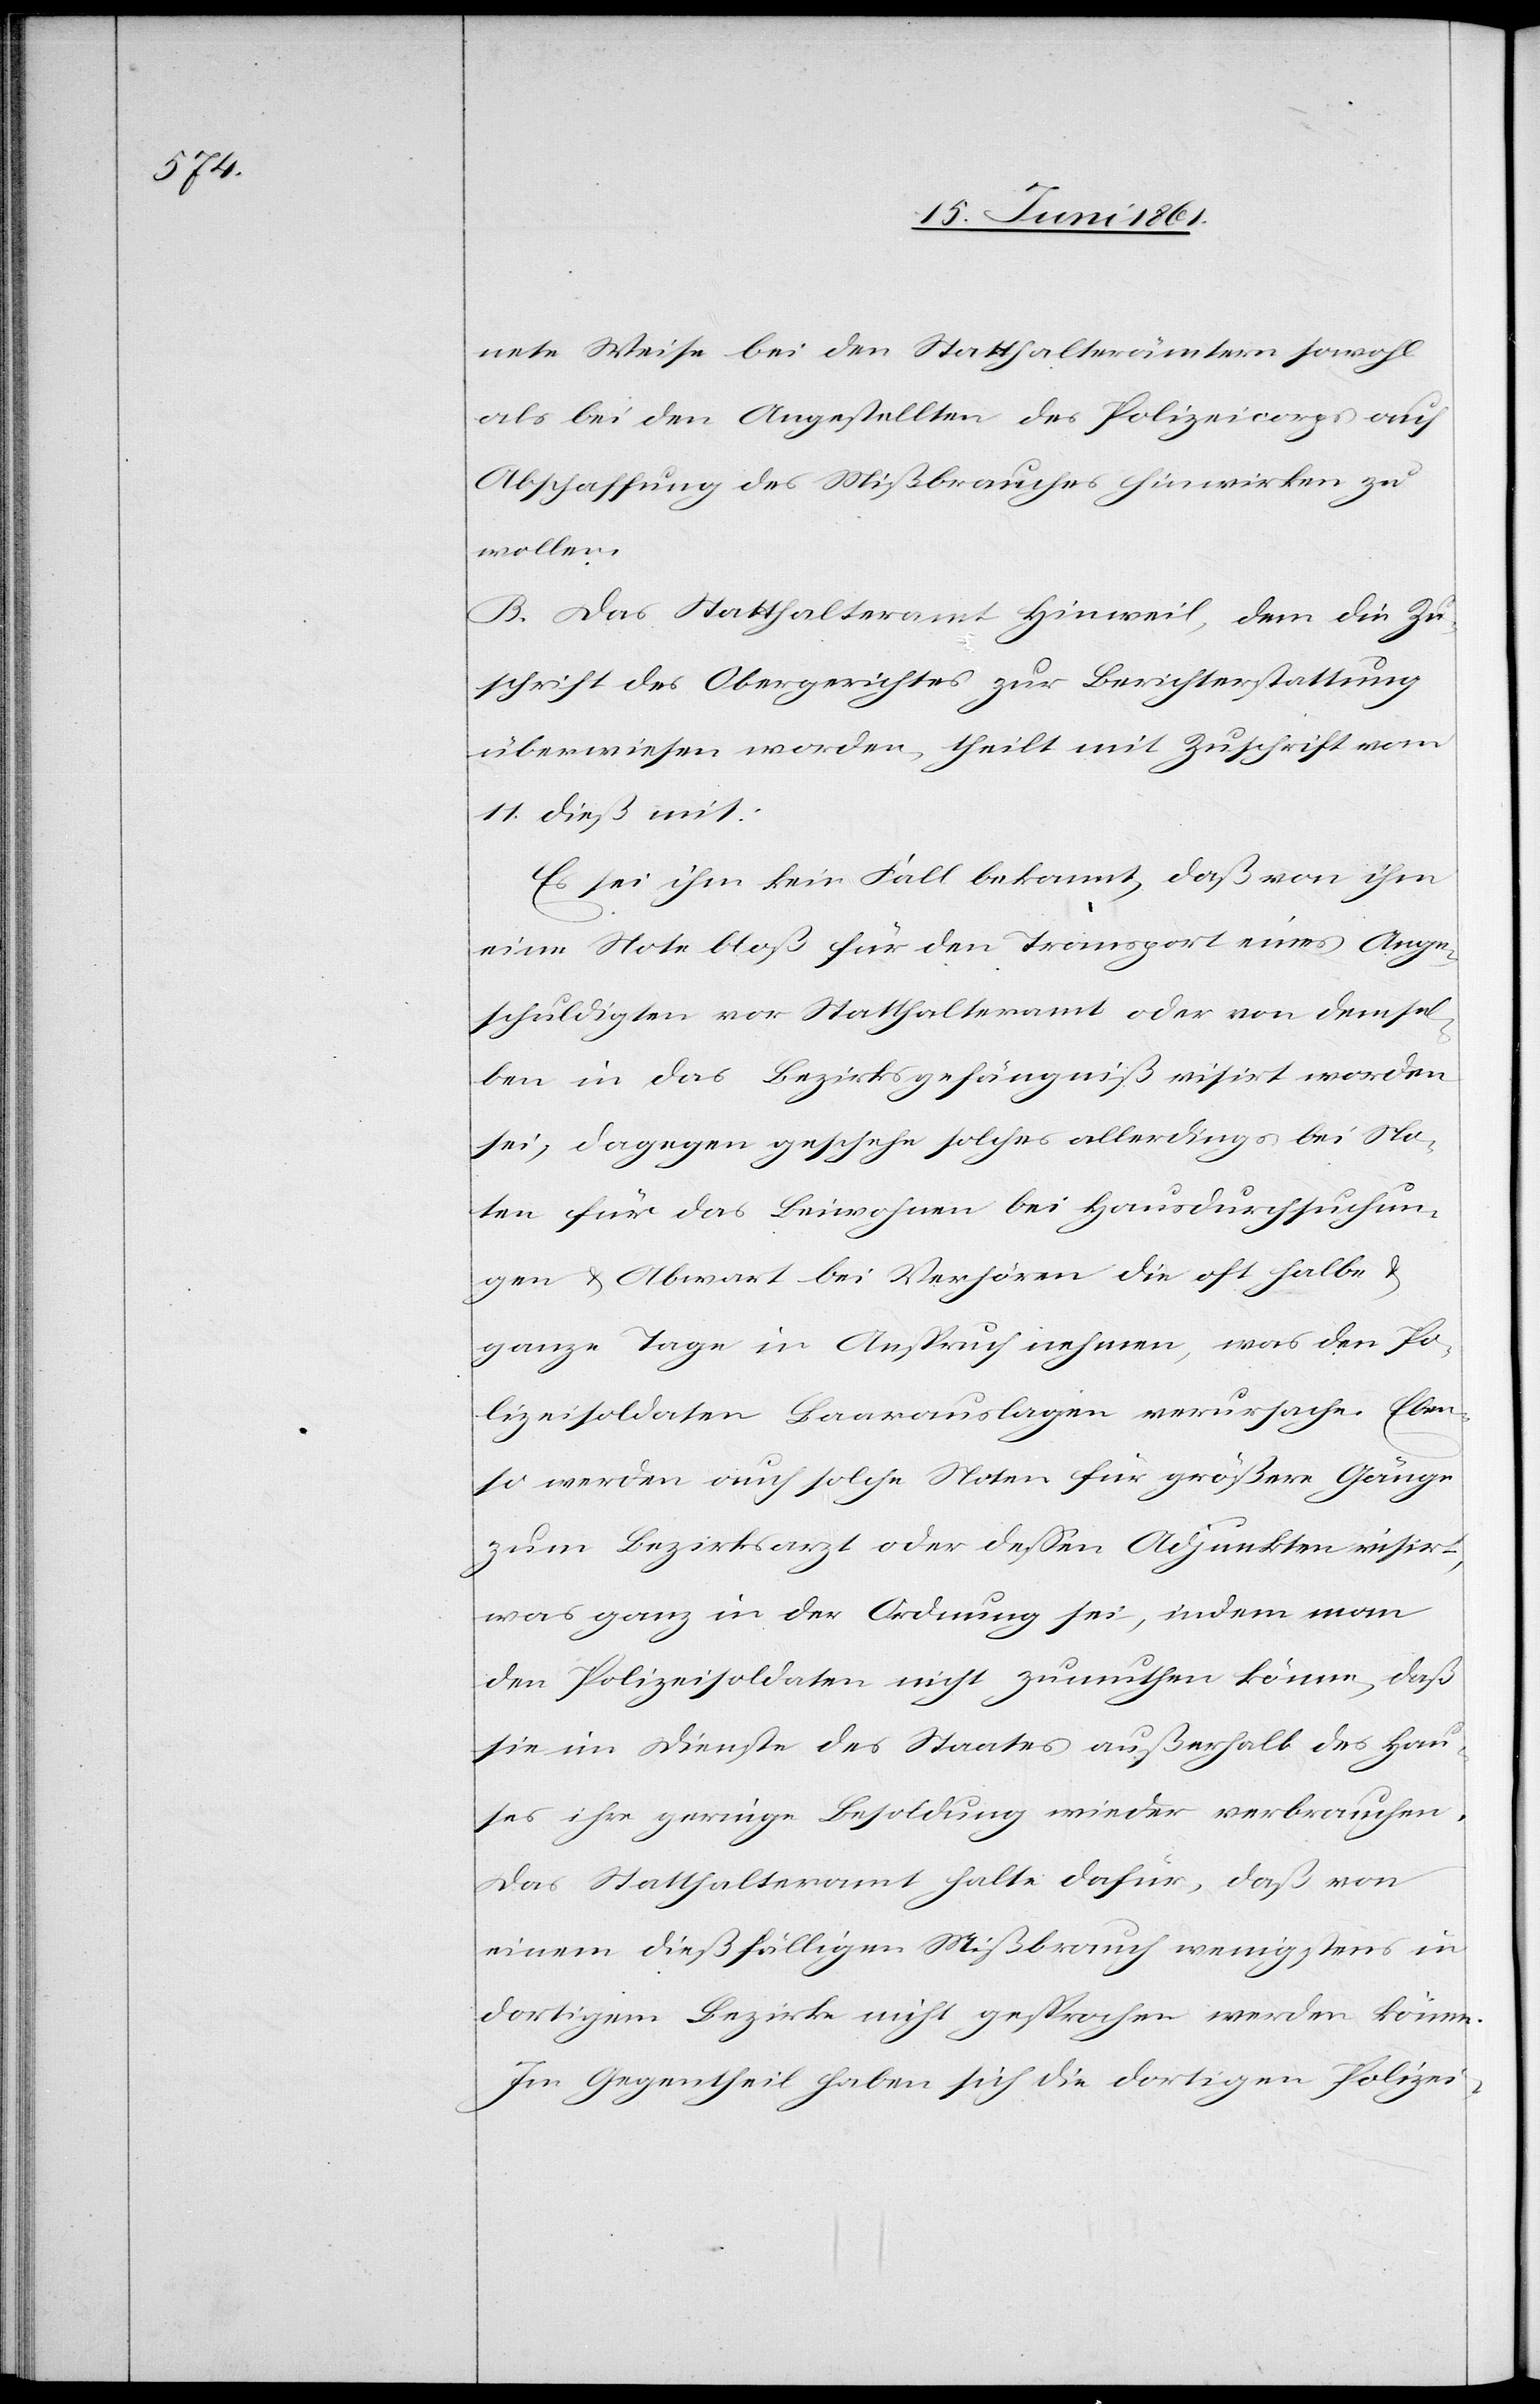
nete Weise bei den Statthalterämtern sowohl
als bei den Angestellten des Polizeicorps auf
Abschaffung des Mißbrauches hinwirken zu
wollen.
B. Das Statthalteramt Hinweil, dem die Zu¬
schrift des Obergerichtes zur Berichterstattung
überwiesen worden, theilt mit Zuschrift vom
11. dieß mit:
Es sei ihm kein Fall bekannt, daß von ihm
eine Note bloß für den Transport eines Ange¬
schuldigten vor Statthalteramt oder von demsel¬
ben in das Bezirksgefängniß visirt worden
sei, dagegen geschehe solches allerdings bei No¬
ten für das Beiwohnen bei Hausdurchsuchun¬
gen u. Abwart bei Verhören die oft halbe u.
ganze Tage in Anspruch nehmen, was den Po¬
lizeisoldaten Baarauslagen verursache. Eben¬
so werde nach solchen Noten für größere Gänge
zum Bezirksarzt oder dessen Adjunkten visirt,
was ganz in der Ordnung sei, indem man
den Polizeisoldaten nicht zumuthen könne, daß
sie im Dienste des Staates außerhalb des Hau¬
ses ihre geringe Besoldung wieder verbrauchen.
Das Statthalteramt halte dafür, daß von
einem dießfälligen Mißbrauch wenigstens in
dortigem Bezirke nicht gesprochen werden könne.
Im Gegentheil haben sich die dortigen Polizei-